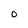
Character: 0